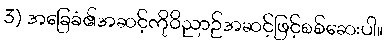
3) အခြေခံ၏အဆင့်ကိုဝိညာဉ်အဆင့်ဖြင့်စစ်ဆေးပါ။